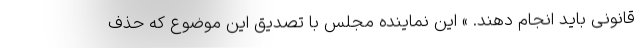
قانونی باید انجام دهند. » این نماینده مجلس با تصدیق این موضوع که حذف